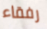
رفقاء